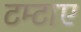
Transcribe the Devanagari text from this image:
टम्टाए